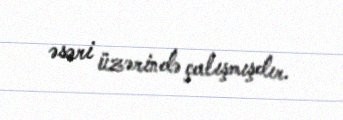
əsəri üzərində çalışmışdır.